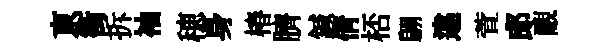
亰衝拆袖穂身椿臍鍼倩桮翩違萱郎覼